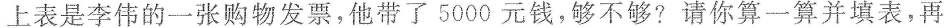
上表是李伟的一张购物发票，他带了5000元钱，够不够?请你算一算并填表，再